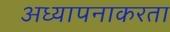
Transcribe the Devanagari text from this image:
अध्यापनाकरता